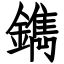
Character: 鐫